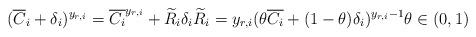
LaTeX: \begin{align*}(\overline{C}_i + \delta_i)^{y_{r,i}} = \overline{C_i}^{y_{r,i}} + \widetilde{R}_i\delta_i \widetilde{R}_i = y_{r,i}(\theta \overline{C_i} + (1-\theta)\delta_i)^{y_{r,i}-1} \theta \in (0,1)\end{align*}